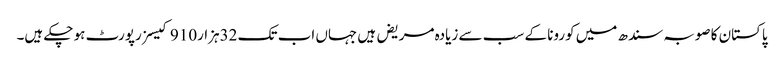
پاکستان کا صوبہ سندھ میں کورونا کے سب سے زیادہ مریض ہیں جہاں اب تک 32ہزار910 کیسز رپورٹ ہو چکے ہیں۔